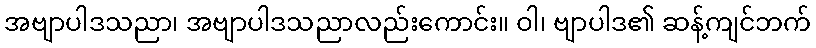
အဗျာပါဒသညာ၊ အဗျာပါဒသညာလည်းကောင်း။ ဝါ၊ ဗျာပါဒ၏ ဆန့်ကျင်ဘက်